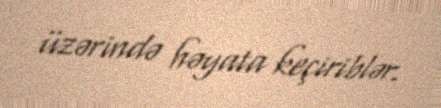
üzərində həyata keçiriblər.